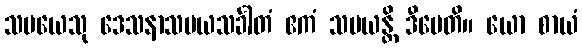
သမယေသု ဒေသနာသမယသင်္ခါတံ ဧကံ သမယန္တိ ဒီပေတိ။ ယော စာယံ